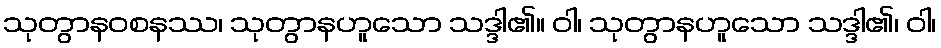
သုတွာနဝစနဿ၊ သုတွာနဟူသော သဒ္ဒါ၏။ ဝါ၊ သုတွာနဟူသော သဒ္ဒါ၏၊ ဝါ၊